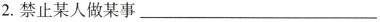
2.禁止某人做某事___